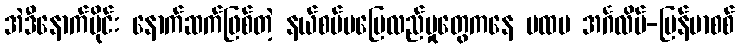
အဲဒီနောက်ပိုင်း နောက်ဆက်ဖြစ်တဲ့ နယ်စပ်မပြေလည်မှုတွေကနေ ပထမ အင်္ဂလိပ်-မြန်မာစစ်